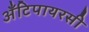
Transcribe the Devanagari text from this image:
अँटिपायरसी